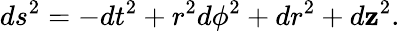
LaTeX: ds^{2}=-dt^{2}+r^{2}d\phi^{2}+dr^{2}+d\mathbf{z}^{2}.